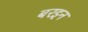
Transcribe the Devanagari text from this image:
बरइन